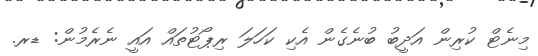
މިނެޓް ކުރިން އަދީބު ބުނެގެން އެކި ކަހަލަ ރިޕޯޓުތައް އައީ ނެރެމުން: ޑރ.